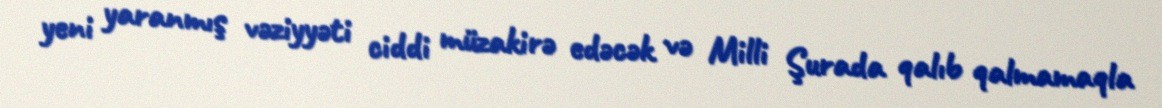
yeni yaranmış vəziyyəti ciddi müzakirə edəcək və Milli Şurada qalıb qalmamaqla